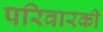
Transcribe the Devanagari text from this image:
परिवारकी